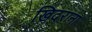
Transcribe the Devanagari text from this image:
खिदराना